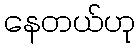
နေတယ်ဟု